Medical and sanitary report of the native army of Madras for the year
Year: 1876
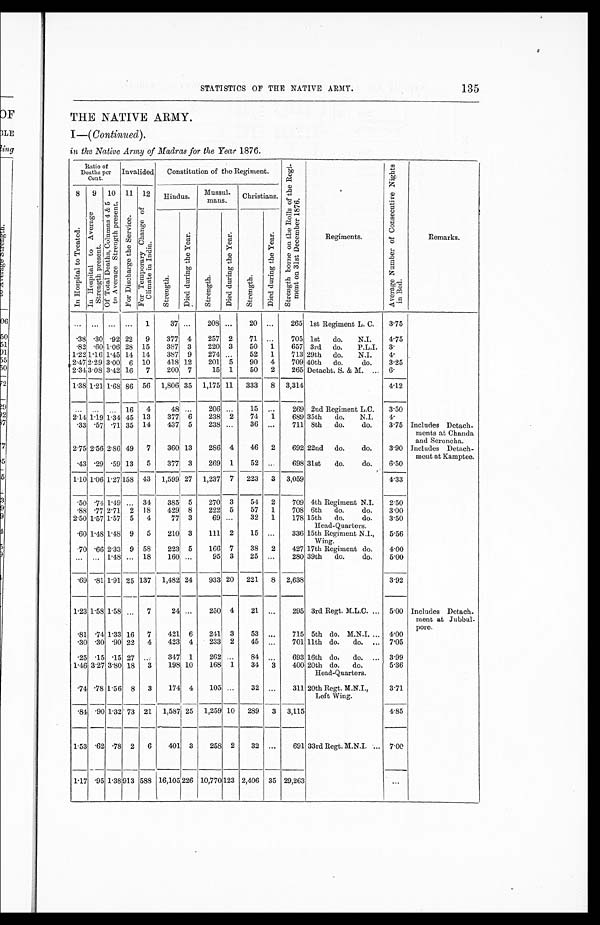
135
STATISTICS OF THE NATIVE ARMY.
THE NATTVE ARMY.
I—( Continued ).
in the Native Army of Madras for the Year 1876 .
R a t i o o f D e a t h s p e r c e n t . Invalided Constitution of the Regiment. S t r e n g t h b o r n e o n t h e R o l l s o f t h e R e g i - m e n t o n 3 1 s t D e c e m b e r 1 8 7 6 .
R e g i m e n t s .
A v e r g e N u m b e r o f C o n s e c u t i v e N i g h t s i n B e d .
R e m a r k s .
8 I n H o s p i t a l t o T r e a t e d . 9 I n H o s p i t a l t o A v e r a g e S t r e n g t h p r e s e n t . 10 O f T o t a l D e a t h s , C o l u m n s 4 & 5 t o A v e r a g e S t r e n g t h p r e s e n t . 11 F o r D i s c h a r g e t h e S e r v i c e .
12 F o r T e m p o r a r y C h a n g e o f C l i m a t e i n I n d i a .
Hindus. Mussul-mans. Christians.
S t r e n g t h .
D i e d d u r i n g t h e Y e a r .
S t r e n g t h .
D i e d d u r i n g t h e Y e a r .
S t r e n g t h .
D i e d d u r i n g t h e Y e a r
. . . . . . . . . . . . 1
3 7
. . . 208 . . . 20 . . . 265 1st Regiment L. C. 3.75
. 3 8 . 3 0 . 9 2 22 9 377 4 257 2 71 . . . 705 1st do. N.I. 4.75
. 8 2 . 6 0 1.06 28 15 387 3 220 3 50
1 657 3rd do. P.L.I. 3.
1 . 2 2 1 . 1 6 1 . 4 5 14 14 387 9 274 . . . 52 1 713 29th do. N.I. 4.
2.47
2 . 2 9 3.00 6 10 418 12 201 5 90 4 709 40th do.
do. 3.25
2.34 3 . 0 8 3.42 16 7 200 7
15 1 50 2 265 Detacht. S. & M. 6.
1.38 1.21 1.68 86 56 1,806 35 1,175 11 333 8 3,314
4.12
. . . . . .
. . .
16 4
48 . . . 206
. . .
... 15 . . . 269 2nd Regiment L.C. 3.50
2.14 1 . 1 9 1.34 45 13 377 6 238 2 74
1 689 35th do. N.I. 4.
. 3 3 . 5 7 . 7 1 35 14 437 5 238 . . . 36 . . . 711 8th do. do. 3.75 Includes Detach
-
ments at Chanda
and Seroncha.
2.75 2.56 2.86 49 7 360 13 286 4 46 2 692 22nd do. do. 3.90 Includes Detach
-
ment at Kamptee.
. 4 3 . 2 9 . 5 9 13 5 377 3 269 1 52
. . . 698 31st do. do. 6.50
1.10 1.06 1.27
1 5 8
43 1,599 27 1,237 7 223 3 3,059
4.33
. 5 0 . 7 4
1 . 4 9 . . . 34 385 5 270 3 54 2 709 4th Regiment N.I. 2.50
. 8 8 . 7 7 2.71 2 18 429 8 222 5 57 1 708 6th do. do. 3.00
2.50 1.57 1.57 5 4
77 3
69 . . . 32 1 178 15th do. do.
Head-Quarters.
3.50
. 6 0 1 . 4 8 1.48 9 5 210 3 111 2 15 . . . 336 15th Regiment N.I.,
Wing.
5.56
. 7 0 . 6 6 2.33 9 58 223 5 166 7 38 2 427 17th Regiment do. 4.00
. . . . . .
1 . 4 8 . . . 18 160 . . .
95 3 25 . . . 280 39th do. do. 5.00
. 6 9 . 8 1 1.91 25 137 1,482 24 933 20 221 8 2,638
3.92
1.23 1.58 1.58
. . .
7
24 . . . 250 4 21 . . . 295 3rd Regt. M.L.C. 5.00 Includes Detach-
ment at Jubbul
-
pore.
. 8 1 . 7 4 1.33 16 7 421 6 241 3 53 . . . 715 5th do. M.N.I.
4.00
. 3 0 . 3 0 . 9 0 22 4 423 4 233 2 45
. . . 701 11th do. do.
7.05
. 2 5 . 1 5 . 1 5 27 . . .
347 1 262 . . . 84
. . . 693 16th do. do.
3.99
1.46 3.27 3.80 18
3 198 10 168 1 34 3
4 0 0 20th do. do.
Head-Quarters.
5.36
. 7 4 . 7 8 1.56 8 3 174 4 105
...
32
...
311 20th Regt. M.N.I.,
Loft Wing.
3.71
. 8 4 . 9 0 1.32 73 21 1,5871 25 1,259 10 289 3 3,115
4.85
1.53 . 6 2 . 7 8 2 6 401 3 258 2 32 . . . 691 33rd Regt. M.N.I.
7.00
1.17 . 9 5 1 . 3 8 9 1 3 588 16,105 2 2 6 10,770 1 2 3 2,406 35 29,263
...